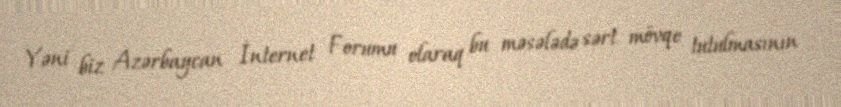
Yəni biz Azərbaycan İnternet Forumu olaraq bu məsələdə sərt mövqe tutulmasının